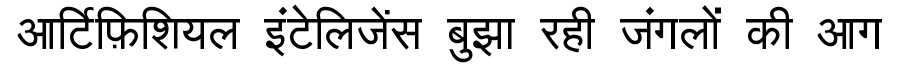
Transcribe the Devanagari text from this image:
आर्टिफ़िशियल इंटेलिजेंस बुझा रही जंगलों की आग